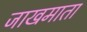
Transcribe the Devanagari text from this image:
जाखमाता